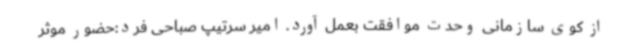
از کوی سازمانی وحدت‌ موافقت بعمل آورد. امیر سرتیپ صباحی فرد:حضور موثر